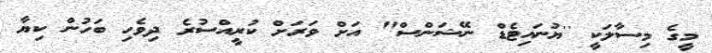
މީގެ މިސާލަކީ ''ޔުނައިޓެޑް ނޭޝަންސް" އަށް ވަރަށް ކުރީއްސުރެ ދިވެހި ބަހުން ކިޔާ